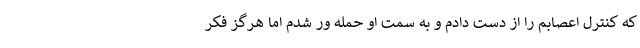
که کنترل اعصابم را از دست دادم و به سمت او حمله ور شدم اما هرگز فکر